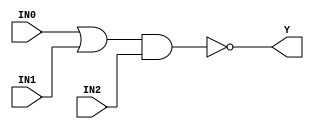
//------------------------------------------------------
// Copyright 1992, 1993 Cascade Design Automation Corporation.
//------------------------------------------------------
module dpoai21(IN0,IN1,IN2,Y);
  parameter BIT = 0;
  parameter COLINST = "0";
  parameter GROUP = "dpath1";
  parameter
        d_IN0_r = 0,
        d_IN0_f = 0,
        d_IN1_r = 0,
        d_IN1_f = 0,
        d_IN2_r = 0,
        d_IN2_f = 0,
        d_Y_r = 1,
        d_Y_f = 1;
  input  IN0;
  input  IN1;
  input  IN2;
  output  Y;
  wire  IN0_temp;
  wire  IN1_temp;
  wire  IN2_temp;
  reg  Y_temp;
  assign #(d_IN0_r,d_IN0_f) IN0_temp = IN0;
  assign #(d_IN1_r,d_IN1_f) IN1_temp = IN1;
  assign #(d_IN2_r,d_IN2_f) IN2_temp = IN2;
  assign #(d_Y_r,d_Y_f) Y = Y_temp;
  always
    @(IN0_temp or IN1_temp or IN2_temp)
      Y_temp = ( ~ ((IN0_temp | IN1_temp) & IN2_temp));
endmodule